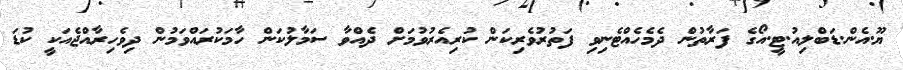
ޔޫ.އެން.ޑަބްލިއު.ޓީ.އޯގެ ފަރާތުން ދެމެހެއްޓެނިވި ފަތުރުވެރިކަން ކުރިއެރުވުމަށް ދެއްވާ ސަމާލުކަން ހާމަކުރައްވަމުން ދިވެހިރާއްޖެއަކީ ކުޑަ